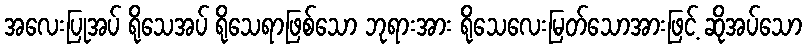
အလေးပြုအပ် ရိုသေအပ် ရိုသေရာဖြစ်သော ဘုရားအား ရိုသေလေးမြတ်သောအားဖြင့် ဆိုအပ်သော